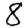
Digit: 8